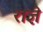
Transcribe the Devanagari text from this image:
राज्ञे